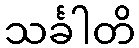
သင်္ခါတိ